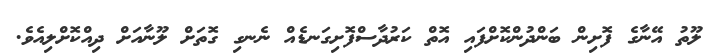
ލޫތު އޭނާގެ ފޮށިން ބަންދުންކޮށްފައި އޮތް ކަރުދާސްފޮށިގަނޑެއް ނެނގި ގޮތަށް ލޫނާއަށް ދިއްކޮށްލިއެވެ.